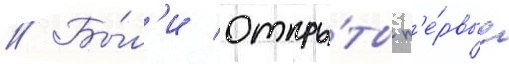
// Бы́л'и откры́ты п'е́рвые